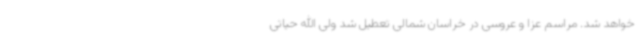
خواهد شد. مراسم عزا و عروسی در خراسان شمالی تعطیل شد ولی الله حیاتی